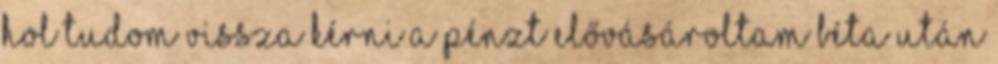
hol tudom vissza kérni a pénzt elővásároltam béta után